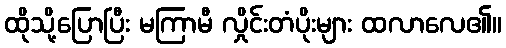
ထိုသို့ပြောပြီး မကြာမီ လှိုင်းတံပိုးများ ထလာလေ၏။